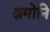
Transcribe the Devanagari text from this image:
श्रमोनि